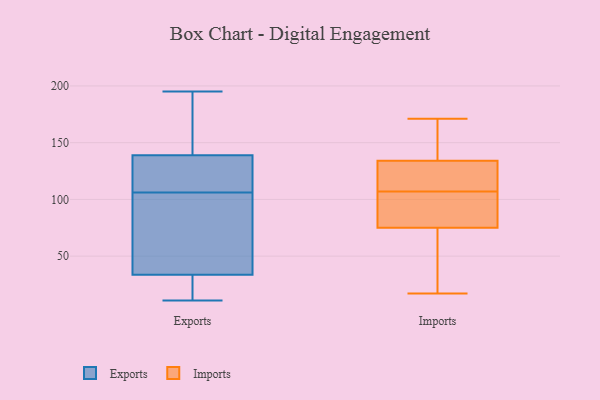
{"axis": {"x": "Churn Rate (%)", "y": "Value"}, "legend": ["Exports", "Imports"], "data": [{"x": "", "y": 195, "type": "Exports"}, {"x": "", "y": 124, "type": "Exports"}, {"x": "", "y": 171, "type": "Exports"}, {"x": "", "y": 144, "type": "Exports"}, {"x": "", "y": 106, "type": "Exports"}, {"x": "", "y": 117, "type": "Exports"}, {"x": "", "y": 23, "type": "Exports"}, {"x": "", "y": 38, "type": "Exports"}, {"x": "", "y": 32, "type": "Exports"}, {"x": "", "y": 80, "type": "Exports"}, {"x": "", "y": 45, "type": "Exports"}, {"x": "", "y": 111, "type": "Exports"}, {"x": "", "y": 184, "type": "Exports"}, {"x": "", "y": 31, "type": "Exports"}, {"x": "", "y": 11, "type": "Exports"}, {"x": "", "y": 103, "type": "Imports"}, {"x": "", "y": 112, "type": "Imports"}, {"x": "", "y": 153, "type": "Imports"}, {"x": "", "y": 111, "type": "Imports"}, {"x": "", "y": 75, "type": "Imports"}, {"x": "", "y": 171, "type": "Imports"}, {"x": "", "y": 17, "type": "Imports"}, {"x": "", "y": 82, "type": "Imports"}, {"x": "", "y": 46, "type": "Imports"}, {"x": "", "y": 134, "type": "Imports"}]}